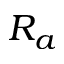
R _ { a }